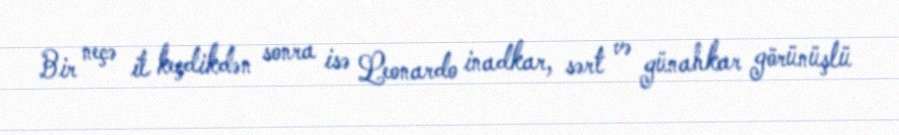
Bir neçə il keçdikdən sonra isə Leonardo inadkar, sərt və günahkar görünüşlü